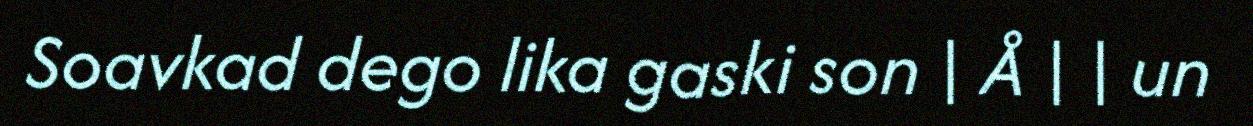
Soavkad dego lika gaski son | Å | | un